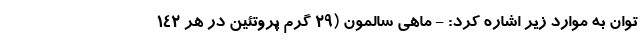
توان به موارد زیر اشاره کرد: - ماهی سالمون (29 گرم پروتئین در هر 142